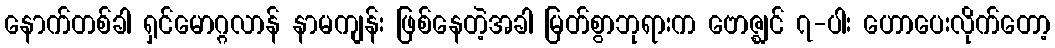
နောက်တစ်ခါ ရှင်မောဂ္ဂလာန် နာမကျန်း ဖြစ်နေတဲ့အခါ မြတ်စွာဘုရားက ဗောဇ္ဈင် ၇-ပါး ဟောပေးလိုက်တော့